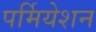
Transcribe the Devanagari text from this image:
पर्मियेशन